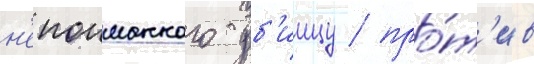
н'епоиманного уб'иицу / про́т'ив